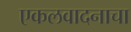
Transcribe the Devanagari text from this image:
एकलवादनाचा